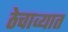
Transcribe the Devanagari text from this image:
ठेचाव्यात